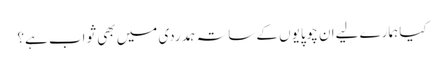
کیا ہمارے لیےان چوپایوں کے ساتہ ہمدردی میں بھی ثواب ہے؟